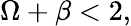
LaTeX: \Omega+\beta<2,